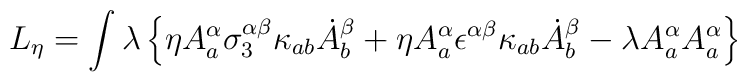
L_\eta = \int \lambda \left\{\eta A^\alpha_a \sigma^{\alpha\beta}_3 \kappa_{ab}\dot {A}^\beta_b + \eta A^\alpha_a \epsilon^{\alpha\beta}\kappa_{ab}\dot{A}^\beta_b - \lambda A_a^\alpha A_a^\alpha\right\}